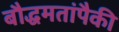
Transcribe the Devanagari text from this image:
बौद्धमतांपैकी